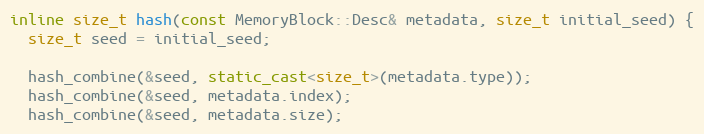
Language: C++
inline size_t hash(const MemoryBlock::Desc& metadata, size_t initial_seed) {
  size_t seed = initial_seed;

  hash_combine(&seed, static_cast<size_t>(metadata.type));
  hash_combine(&seed, metadata.index);
  hash_combine(&seed, metadata.size);